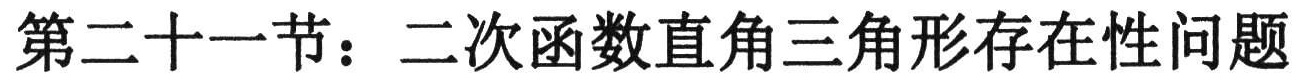
第二十一节：二次函数直角三角形存在性问题